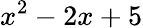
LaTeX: x^{2}-2x+5